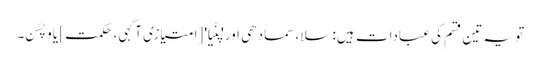
تو یہ تین قسم کی عبادات ہیں: سلا، سمادھی اور 'پنّیا' [امتیازی آگہی، حکمت] یا وپسّن۔